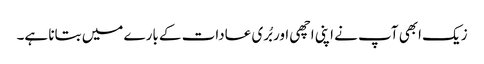
زیک ابھی آپ نے اپنی اچھی اور بُری عادات کے بارے میں بتانا ہے۔